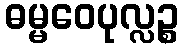
ဓမ္မဝေပုလ္လဉ္စ